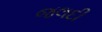
જલદી